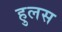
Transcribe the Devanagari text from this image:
हुलस